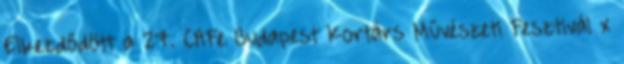
Elkezdődött a 27. CAFe Budapest Kortárs Művészeti Fesztivál x